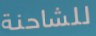
للشاحنة